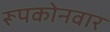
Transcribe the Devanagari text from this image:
रूपकोनवार